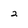
Character: 2